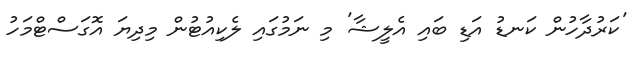
'ކަރުދާހުން ކަނޑު އަޑި ބައި އެލީޝާ' މި ނަމުގައި ލެކިއުޓުން މިދިޔަ އޮގަސްޓްމަހު